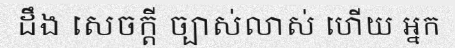
ដឹង សេចក្តី ច្បាស់លាស់ ហើយ អ្នក